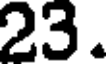
23.